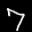
Label: 7